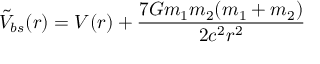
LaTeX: \tilde { V } _ { b s } ( r ) = V ( r ) + { \frac { 7 G m _ { 1 } m _ { 2 } ( m _ { 1 } + m _ { 2 } ) } { 2 c ^ { 2 } r ^ { 2 } } }